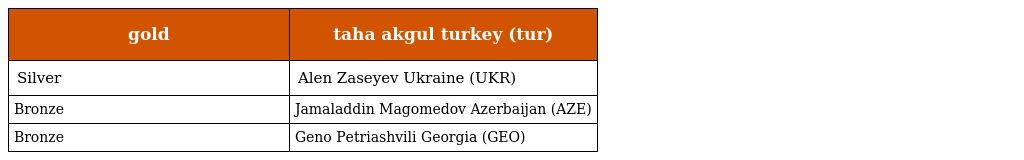
| gold | taha akgul turkey (tur) |
 | --- | --- |
 | Silver | Alen Zaseyev Ukraine (UKR) |
 | Bronze | Jamaladdin Magomedov Azerbaijan (AZE) |
 | Bronze | Geno Petriashvili Georgia (GEO) |